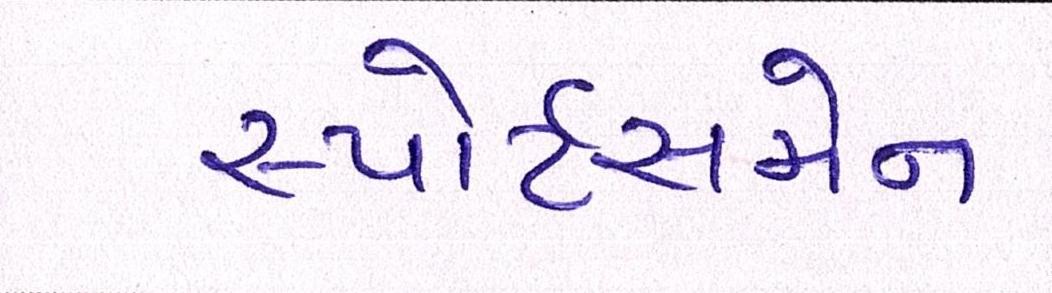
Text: સ્પોર્ટસમેન